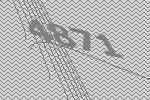
4871